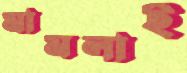
মামলাই